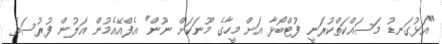
"އަޅުގަނޑު މަސައްކަތްކުރަނީ ފުޓްބޯޅާ އަށް މީހާގެ މޫނަކަށް ނޫން" އެފްއޭއެމުން އަލުން ފުރުސަތު